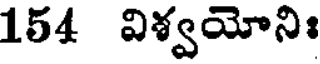
154 విశ్వయోనిః